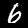
Digit: 6